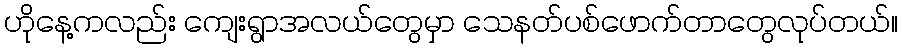
ဟိုနေ့ကလည်း ကျေးရွာအလယ်တွေမှာ သေနတ်ပစ်ဖောက်တာတွေလုပ်တယ်။